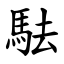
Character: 䮃